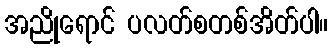
အညိုရောင် ပလတ်စတစ်အိတ်ပါ။